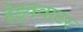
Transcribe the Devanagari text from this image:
हेड्क्वाटर